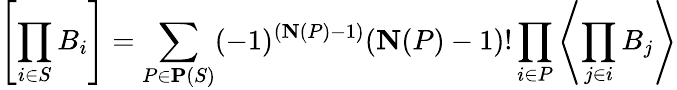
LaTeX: \left[\prod_{i\in S}B_{i}\right]=\sum_{P\in\mathbf{P}(S)}(-1)^{(\mathbf{N}(P)-1)}(\mathbf{N}(P)-1)!\prod_{i\in P}\left\langle\prod_{j\in i}B_{j}\right\rangle